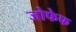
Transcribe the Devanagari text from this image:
जोफेफ